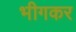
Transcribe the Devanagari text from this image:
भीगकर